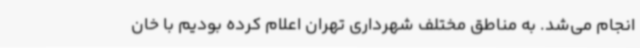
انجام می‌شد. به مناطق مختلف شهرداری تهران اعلام کرده بودیم با خان